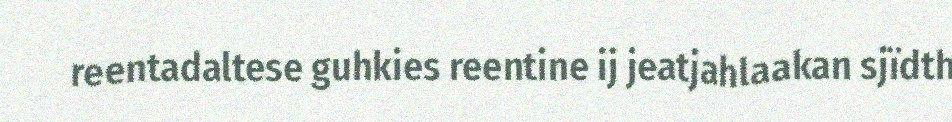
reentadaltese guhkies reentine ij jeatjahlaakan sjïdth